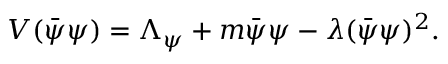
V ( \bar { \psi } \psi ) = \Lambda _ { \psi } + m \bar { \psi } { \psi } - \lambda ( \bar { \psi } \psi ) ^ { 2 } .